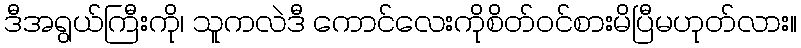
ဒီအရွယ်ကြီးကို၊ သူကလဲဒီ ကောင်လေးကိုစိတ်ဝင်စားမိပြီမဟုတ်လား။